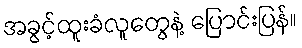
အခွင့်ထူးခံလူတွေနဲ့ ပြောင်းပြန်။